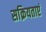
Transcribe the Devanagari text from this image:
सक्रियताएं